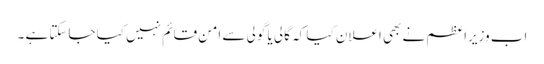
اب وزیراعظم نے بھی اعلان کیا کہ گالی یا گولی سے امن قائم نہیں کیا جاسکتا ہے ۔